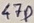
Text: 47P